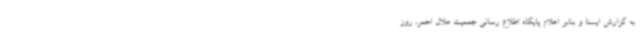
به گزارش ایسنا و بنابر اعلام پایگاه اطلاع رسانی جمعیت هلال احمر، روز